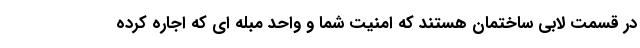
در قسمت لابی ساختمان هستند که امنیت شما و واحد مبله ای که اجاره کرده